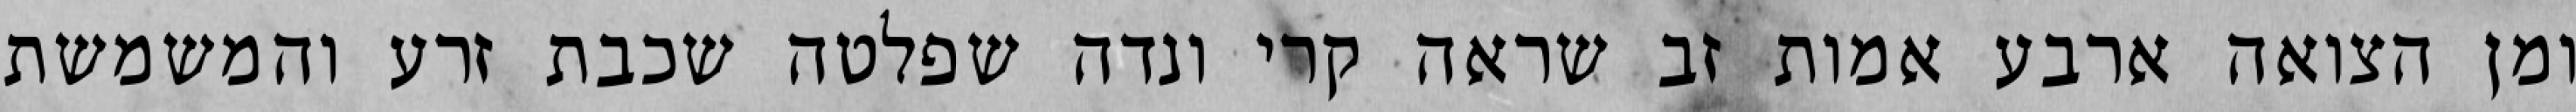
ומן הצואה ארבע אמות זב שראה קרי ונדה שפלטה שכבת זרע והמשמשת